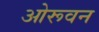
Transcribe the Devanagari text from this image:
ओरूवन